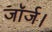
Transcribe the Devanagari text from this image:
जॉर्ज।